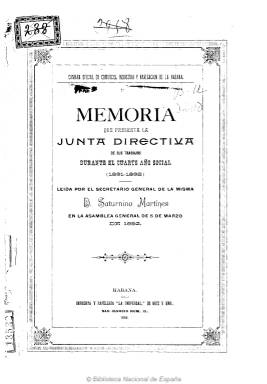
Título: Memoria que presenta la Junta Directiva de sus trabajos.
Otros títulos: Título de la anteportada: Memoria de la Cámara de Comercio, Industria y Navegación de La Habana
Colección: Economía || Anuarios e informes
Ámbito geográfico: Cuba
Lugar de publicación: La Habana
Fechas: 01/01/1891-31/12/1896

La Cámara Oficial de Comercio, Industria y Navegación de La Habana tiene su antecedente en el Centro General de Comercio de La Habana, constituido en 1876, que un año después adopta carácter oficial bajo la denominación Junta General de Comercio. La cámara nace en 1887 y publica su Reglamento en 1888, también disponible en la colección digital de la Biblioteca Nacional de España (BNE). En 1889 comienza a publicar sus memorias anuales.

Las memorias son presentadas por sus secretarios generales. La publicada en 1892, por Saturnino Martínez, siendo presidente Segundo Álvarez González, en la Asamblea General de socios celebrada el cinco de marzo de ese año. La publicada en 1894, la presentada el cuatro de mayo de este año por Julián Solórzano y Tabernilla, siendo presidente Ramón de Herrera. Y la publicada en 1896, la presentada el 22 de mayo de este año por el mismo Solórzano, pero siendo presidente Antonio Quesada y Soto.

En los tres volúmenes anuales se da cuenta de los asuntos pendientes de resolución, los ultimados, los que se tramitan en el Ministerio de Ultramar, Dirección General de Hacienda y otros centros oficiales, así como los asuntos que se encuentran en estudio. A continuación ofrece cuadros sobre las cuentas de intervención y tesorería, así como el balance económico de la institución. Por último ofrece la relación de socios de sus tres secciones, por orden alfabético, la de sus órganos directivos y la de sus corresponsales en París y representantes en Madrid.

En 1887 también había sido creada la cámara de Santiago de Cuba, y la de La Habana comenzará a publicar, a partir asimismo de 1889, un Boletín oficial (también en la colección de la BNE), manteniendo la entidad su denominación de Cámara Oficial de Comercio, Industria y Navegación de La Habana hasta 1899, y siendo el antecedente colonial del siglo XIX de la actual Cámara de Comercio de la República de Cuba.